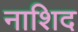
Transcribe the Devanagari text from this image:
नाशिद